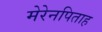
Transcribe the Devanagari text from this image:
मेरेनपिताह